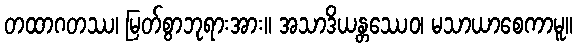
တထာဂတဿ၊ မြတ်စွာဘုရားအား။ အသာဒိယန္တဿေဝ၊ မသာယာစေကာမူ။